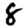
Digit: 8